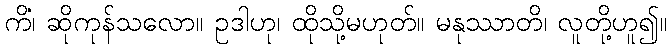
ကိံ၊ ဆိုကုန်သလော။ ဥဒါဟု၊ ထိုသို့မဟုတ်။ မနုဿာတိ၊ လူတို့ဟူ၍။